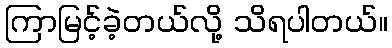
ကြာမြင့်ခဲ့တယ်လို့ သိရပါတယ်။